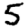
Digit: 5